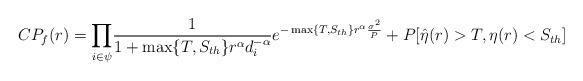
\begin{align*}CP_f(r)=\underset{i \in \psi}\prod\frac{1}{1+\max\{T, S_{th}\}r^\alpha d_i^{-\alpha}}e^{-\max\{T, S_{th}\} r^{\alpha}\frac{\sigma^2}{P}}+P[\hat{\eta}(r)>T,\eta(r)<S_{th}]\end{align*}